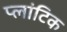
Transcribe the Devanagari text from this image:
प्लांटिक